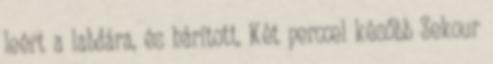
leért a labdára, és hárított. Két perccel később Sekour